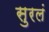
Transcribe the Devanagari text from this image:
सुरलं